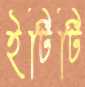
ইটিটি